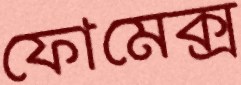
ফোমেক্স